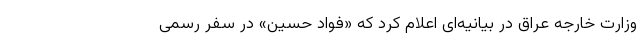
وزارت خارجه عراق در بیانیه‌ای اعلام کرد که «فواد حسین» در سفر رسمی